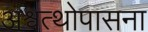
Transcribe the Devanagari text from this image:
अश्वत्थोपासना